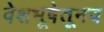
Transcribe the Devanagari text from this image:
वेशभूषेतूनच